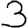
Digit: 3